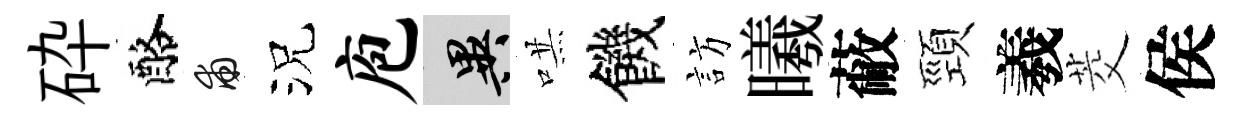
砕酪甫況庖异哄饑訪曦蔽頸羲茭侯